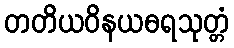
တတိယဝိနယဓရသုတ္တံ